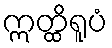
ဣတ္ထိရူပံ